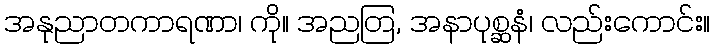
အနုညာတကာရဏာ၊ ကို။ အညတြ, အနာပုစ္ဆနံ၊ လည်းကောင်း။